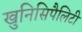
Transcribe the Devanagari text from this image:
खुनिसिपैलिटी